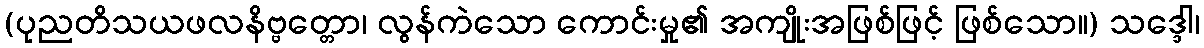
(ပုညတိသယဖလနိဗ္ဗတ္တော၊ လွန်ကဲသော ကောင်းမှု၏ အကျိုးအဖြစ်ဖြင့် ဖြစ်သော။) သဒ္ဒေါ၊